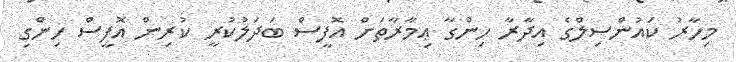
މިހާރު ކައުންސިލްގެ އިދާރާ ހިންގާ ޢިމާރާތަށް އޮފީސް ބަދަލުކުރީ ކުރިން އޮފީސް ހިންގި